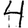
Digit: 4